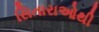
સિતારાઓથી